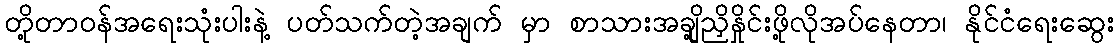
တို့တာဝန်အရေးသုံးပါးနဲ့ ပတ်သက်တဲ့အချက် မှာ စာသားအချို့ညှိနှိုင်းဖို့လိုအပ်နေတာ၊ နိုင်ငံရေးဆွေး